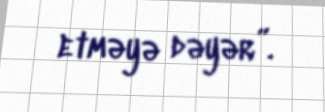
etməyə dəyər”.